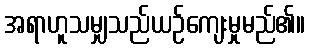
အရာဟူသမျှသည်ယဉ်ကျေးမှုမည်၏။